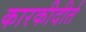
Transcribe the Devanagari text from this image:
कारकीदीर्त